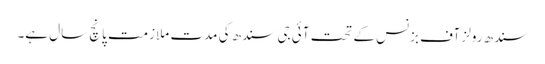
سندھ رولز آف بزنس کے تحت آئی جی سندھ کی مدت ملازمت پانچ سال ہے۔